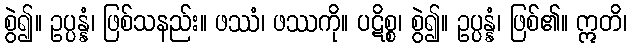
စွဲ၍။ ဥပ္ပန္နံ၊ ဖြစ်သနည်း။ ဖဿံ၊ ဖဿကို။ ပဋိစ္စ၊ စွဲ၍။ ဥပ္ပန္နံ၊ ဖြစ်၏။ ဣတိ၊